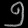
Digit: ၅